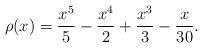
LaTeX: \begin{align*} \rho(x) = \frac{x^5}{5}-\frac{x^4}{2}+\frac{x^3}{3}-\frac{x}{30}.\end{align*}